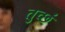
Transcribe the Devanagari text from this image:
तुच्छं